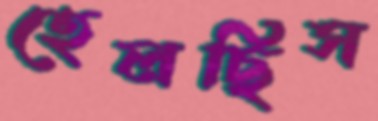
হেলছিস